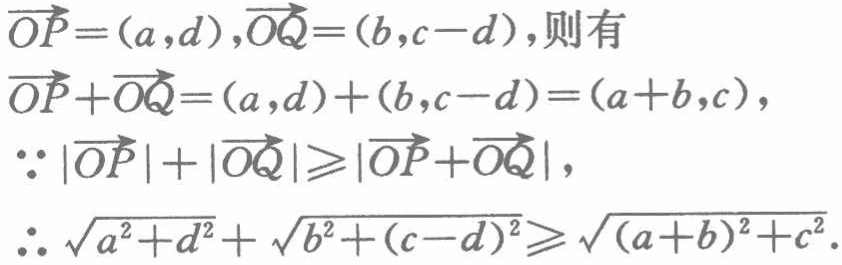
\(\overrightarrow{OP}=(a,d),\overrightarrow{OQ}=(b,c - d),则有\)
\(\overrightarrow{OP}+\overrightarrow{OQ}=(a,d)+(b,c - d)=(a + b,c),\)
\(\because|\overrightarrow{OP}|+|\overrightarrow{OQ}|\geqslant|\overrightarrow{OP}+\overrightarrow{OQ}|,\)
\(\therefore\sqrt{a^{2}+d^{2}}+\sqrt{b^{2}+(c - d)^{2}}\geqslant\sqrt{(a + b)^{2}+c^{2}}.\)